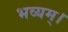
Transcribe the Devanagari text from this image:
भव्यम्।